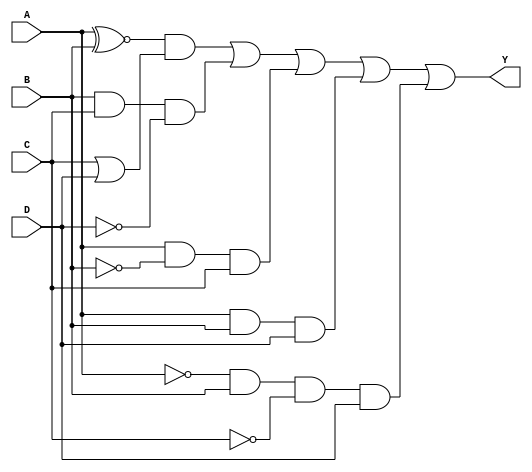
module four_variable_kmap (
    input wire A,  // Input variable A
    input wire B,  // Input variable B
    input wire C,  // Input variable C
    input wire D,  // Input variable D
    output wire Y  // Output variable Y
);

// Internal signal to compute the minterms based on the K-map structure
assign Y = (A ~^ B) & (C | D)  // Example simplified expression
          | (B & C & ~D)
          | (A & ~B & C)
          | (A & B & D)
          | (~A & B & ~C & D);

// You may declare specific minterms here:
// assign Y = (A & ~B & ~C & ~D) // minterm 0
//          | (A & ~B & ~C & D)  // minterm 2
//          | (A & ~B & C & ~D)  // minterm 1
//          | (A & ~B & C & D)   // minterm 3
//          | (A & B & ~C & ~D)  // minterm 8
//          | (A & B & ~C & D)   // minterm 10
//          | (A & B & C & ~D)   // minterm 9
//          | (A & B & C & D)    // minterm 11
//          ; // Add your specific minterms based on your K-map filling

endmodule